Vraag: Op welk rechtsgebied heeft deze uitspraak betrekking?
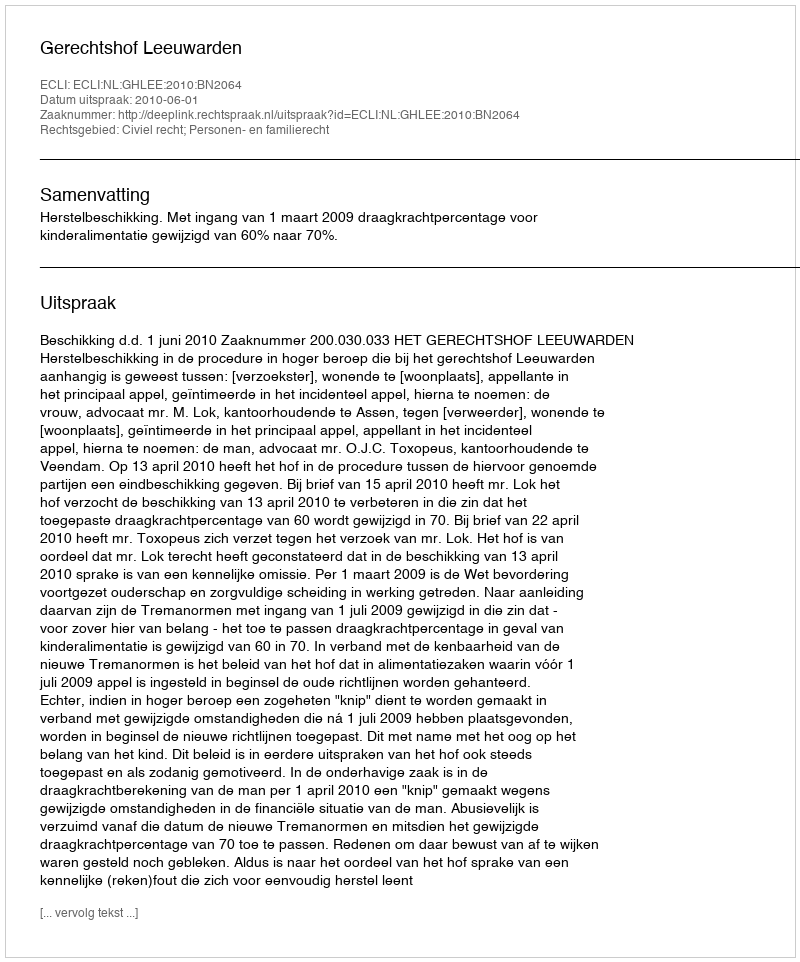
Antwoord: Civiel recht; Personen- en familierecht